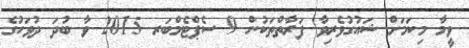
ވީމާ މިކަމަށް ޝައުގުވެރިވާ ފަރާތްތަކުން 9 ސެޕްޓެމްބަރ 2015 ވާ ބުދަ ދުވަހުގެ